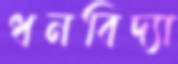
ধনবিদ্যা